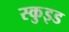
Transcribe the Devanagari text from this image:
स्कुइड